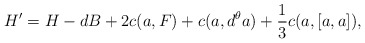
\begin{align*} H' = H -dB+2c(a,F) + c(a,d^\theta a) +\frac{1}{3} c(a,[a,a]),\end{align*}